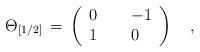
LaTeX: \begin{align*}\Theta_{[1/2]}\,=\,\left(\begin{array}{lll}0&{\,\,}&-1\\1&{\,\,}&0\end{array}\right)\quad,\end{align*}